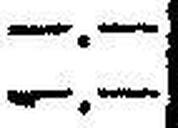
—.—